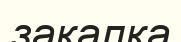
закалка